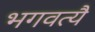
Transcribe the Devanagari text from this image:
भगवत्यै